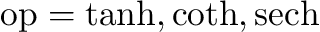
\operatorname { o p } = \operatorname { t a n h } , \coth , \operatorname { s e c h }